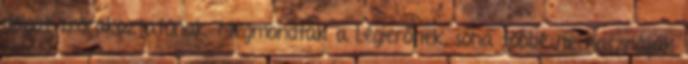
dolgot szórakoztatónak. Megmondták a Légierőnek, soha többé ne használják